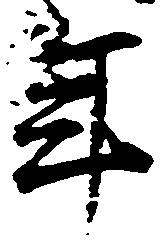
年